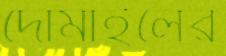
দোমাইলের